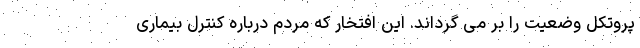
پروتکل وضعیت را بر می گرداند. این افتخار که مردم درباره کنترل بیماری